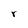
Character: r